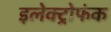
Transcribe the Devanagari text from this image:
इलेक्ट्रोफंक